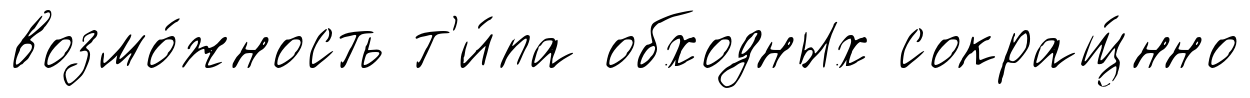
возмо́жность т'и́па обходных сокращ́нно